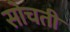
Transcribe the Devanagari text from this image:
सोचतीं